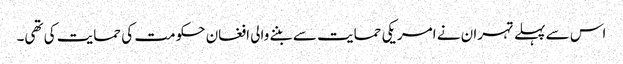
اس سے پہلے تہران نے امریکی حمایت سے بننے والی افغان حکومت کی حمایت کی تھی۔